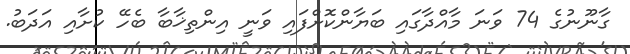
ގާނޫނުގެ 74 ވަނަ މާއްދާގައި ބަޔާންކޮށްފައި ވަނީ އިންތިޚާބާ ބެހޭ ކުށާއި އަދަބު.